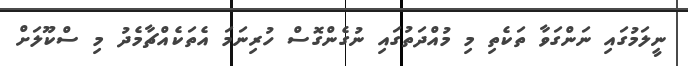
ނީލަމުގައި ނަންގަވާ ތަކެތި މި މުއްދަތުގައި ނުގެންގޮސް ހުރިނަމަ އެތަކެއްޗާމެދު މި ސްކޫލަށް